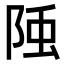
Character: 𨹤